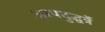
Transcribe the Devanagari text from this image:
आपदुद्धर्त्रे